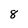
Character: 8